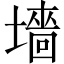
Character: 墻